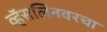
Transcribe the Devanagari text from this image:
व्हॅसलिनवरचा